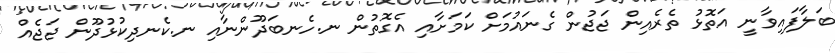
ބަލާފައިވާނީ އަތޮޅު ތެރެއިން ޖަޖުން ގެނައުމަށް ކަމަށާއި އެގޮތުން ނ.ހެނބަދޫންނާއި ނ.ކެނދިކުޅުދޫން ޖަޖެއް